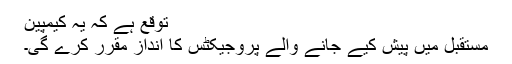
توقع ہے کہ یہ کیمپین
مستقبل میں پیش کیے جانے والے پروجیکٹس کا انداز مقرر کرے گی۔